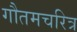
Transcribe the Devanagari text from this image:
गौतमचरित्र